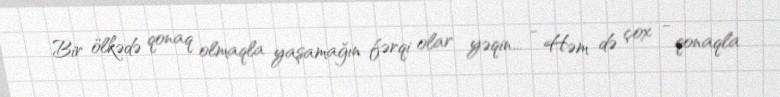
Bir ölkədə qonaq olmaqla yaşamağın fərqi olar yəqin... - Həm də çox - qonaqla